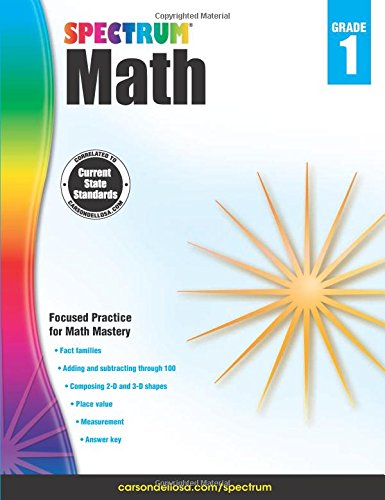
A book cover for Spectrum Math Workbook, Grade 1; Children's Books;